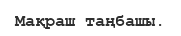
Мақраш таңбашы.